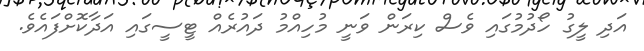
އަދި ލީގު ހޯދުމުގައި ވެސް ކިރަން ވަނީ މުހިއްމު ދައުރެއް ޓީސީގައި އަދާކޮށްފައެވެ.